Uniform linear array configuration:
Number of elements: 32
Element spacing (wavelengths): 0.75
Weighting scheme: kaiser
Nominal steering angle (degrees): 0
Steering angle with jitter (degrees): -1.18
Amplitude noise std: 0.05
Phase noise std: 0.05

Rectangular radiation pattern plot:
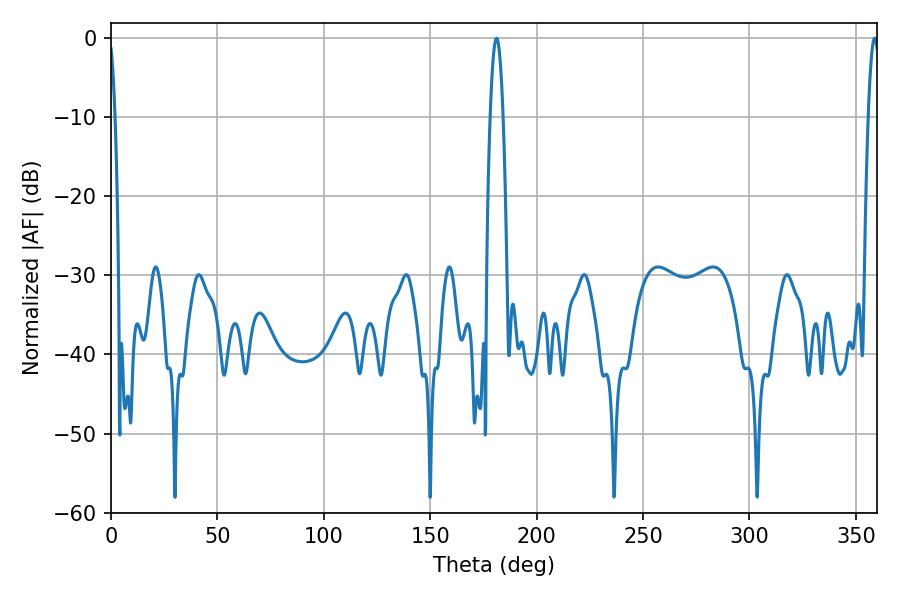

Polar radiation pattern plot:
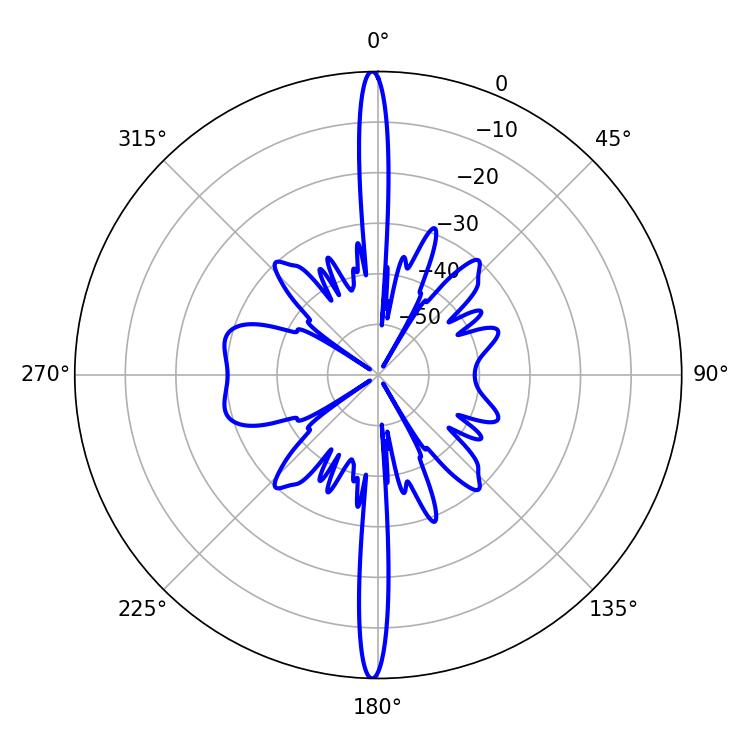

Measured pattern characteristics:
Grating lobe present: TRUE
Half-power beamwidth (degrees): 3.42
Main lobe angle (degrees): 181.08